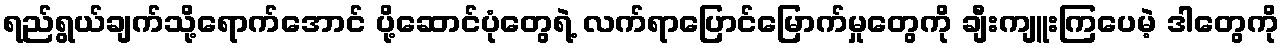
ရည်ရွယ်ချက်သို့ရောက်အောင် ပို့ဆောင်ပုံတွေရဲ့ လက်ရာပြောင်မြောက်မှုတွေကို ချီးကျူးကြပေမဲ့ ဒါတွေကို